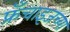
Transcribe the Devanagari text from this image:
फ्रँचाइजच्या